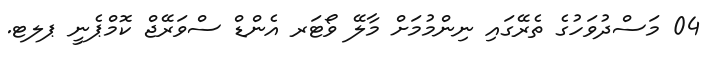
04 މަސްދުވަހުގެ ތެރޭގައި ނިންމުމަށް މާލޭ ވޯޓަރ އެންޑް ސްވަރޭޖް ކޮމްޕެނީ ޕލޓ.